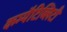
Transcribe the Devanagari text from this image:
कम्पैटिब्लिटी